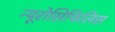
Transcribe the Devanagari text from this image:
न्यूरोसिफिलिस